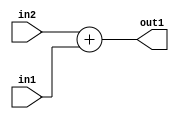
`timescale 1ps / 1ps
/*****************************************************************************
    Verilog RTL Description
    
    
    Created by: Stratus DpOpt 21.05.01 
*******************************************************************************/

module Filter_Add_32Ux9U_32U_1 (
	in2,
	in1,
	out1
	); /* architecture "behavioural" */ 
input [31:0] in2;
input [8:0] in1;
output [31:0] out1;
wire [31:0] asc001;

assign asc001 = 
	+(in2)
	+(in1);

assign out1 = asc001;
endmodule

/* CADENCE  ubH0Two= : u9/ySxbfrwZIxEzHVQQV8Q== ** DO NOT EDIT THIS LINE ******/